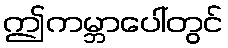
ဤကမ္ဘာပေါ်တွင်